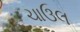
ચાઉલ